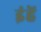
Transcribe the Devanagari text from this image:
इंहें